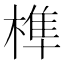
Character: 榫